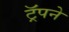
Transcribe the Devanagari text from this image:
ट्रॅपने